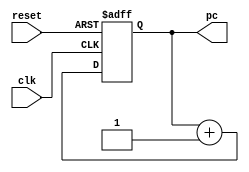
// This program was cloned from: https://github.com/DingWH03/verilog-demo
// License: GNU General Public License v3.0

module PC (
    input wire clk,       // 
    input wire reset,     // 
    output reg [7:0] pc   // 8
);

// 
always @ (posedge clk or posedge reset)
begin
    if (reset)        // 
        pc <= 8'b00000000;  // 0
    else if (clk)    // 
        pc <= pc + 1; // 1
end

endmodule